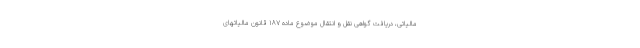
مالیاتی، دریافت گواهی نقل و انتقال موضوع ماده ۱۸۷ قانون مالیاتهای